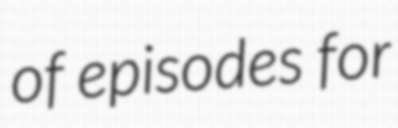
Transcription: of episodes for